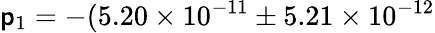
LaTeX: \mathsf{p}_{1}=-(5.20\times10^{-11}\pm5.21\times10^{-12}